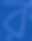
র